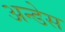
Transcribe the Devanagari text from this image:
अन्डेस